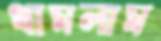
থামলাম